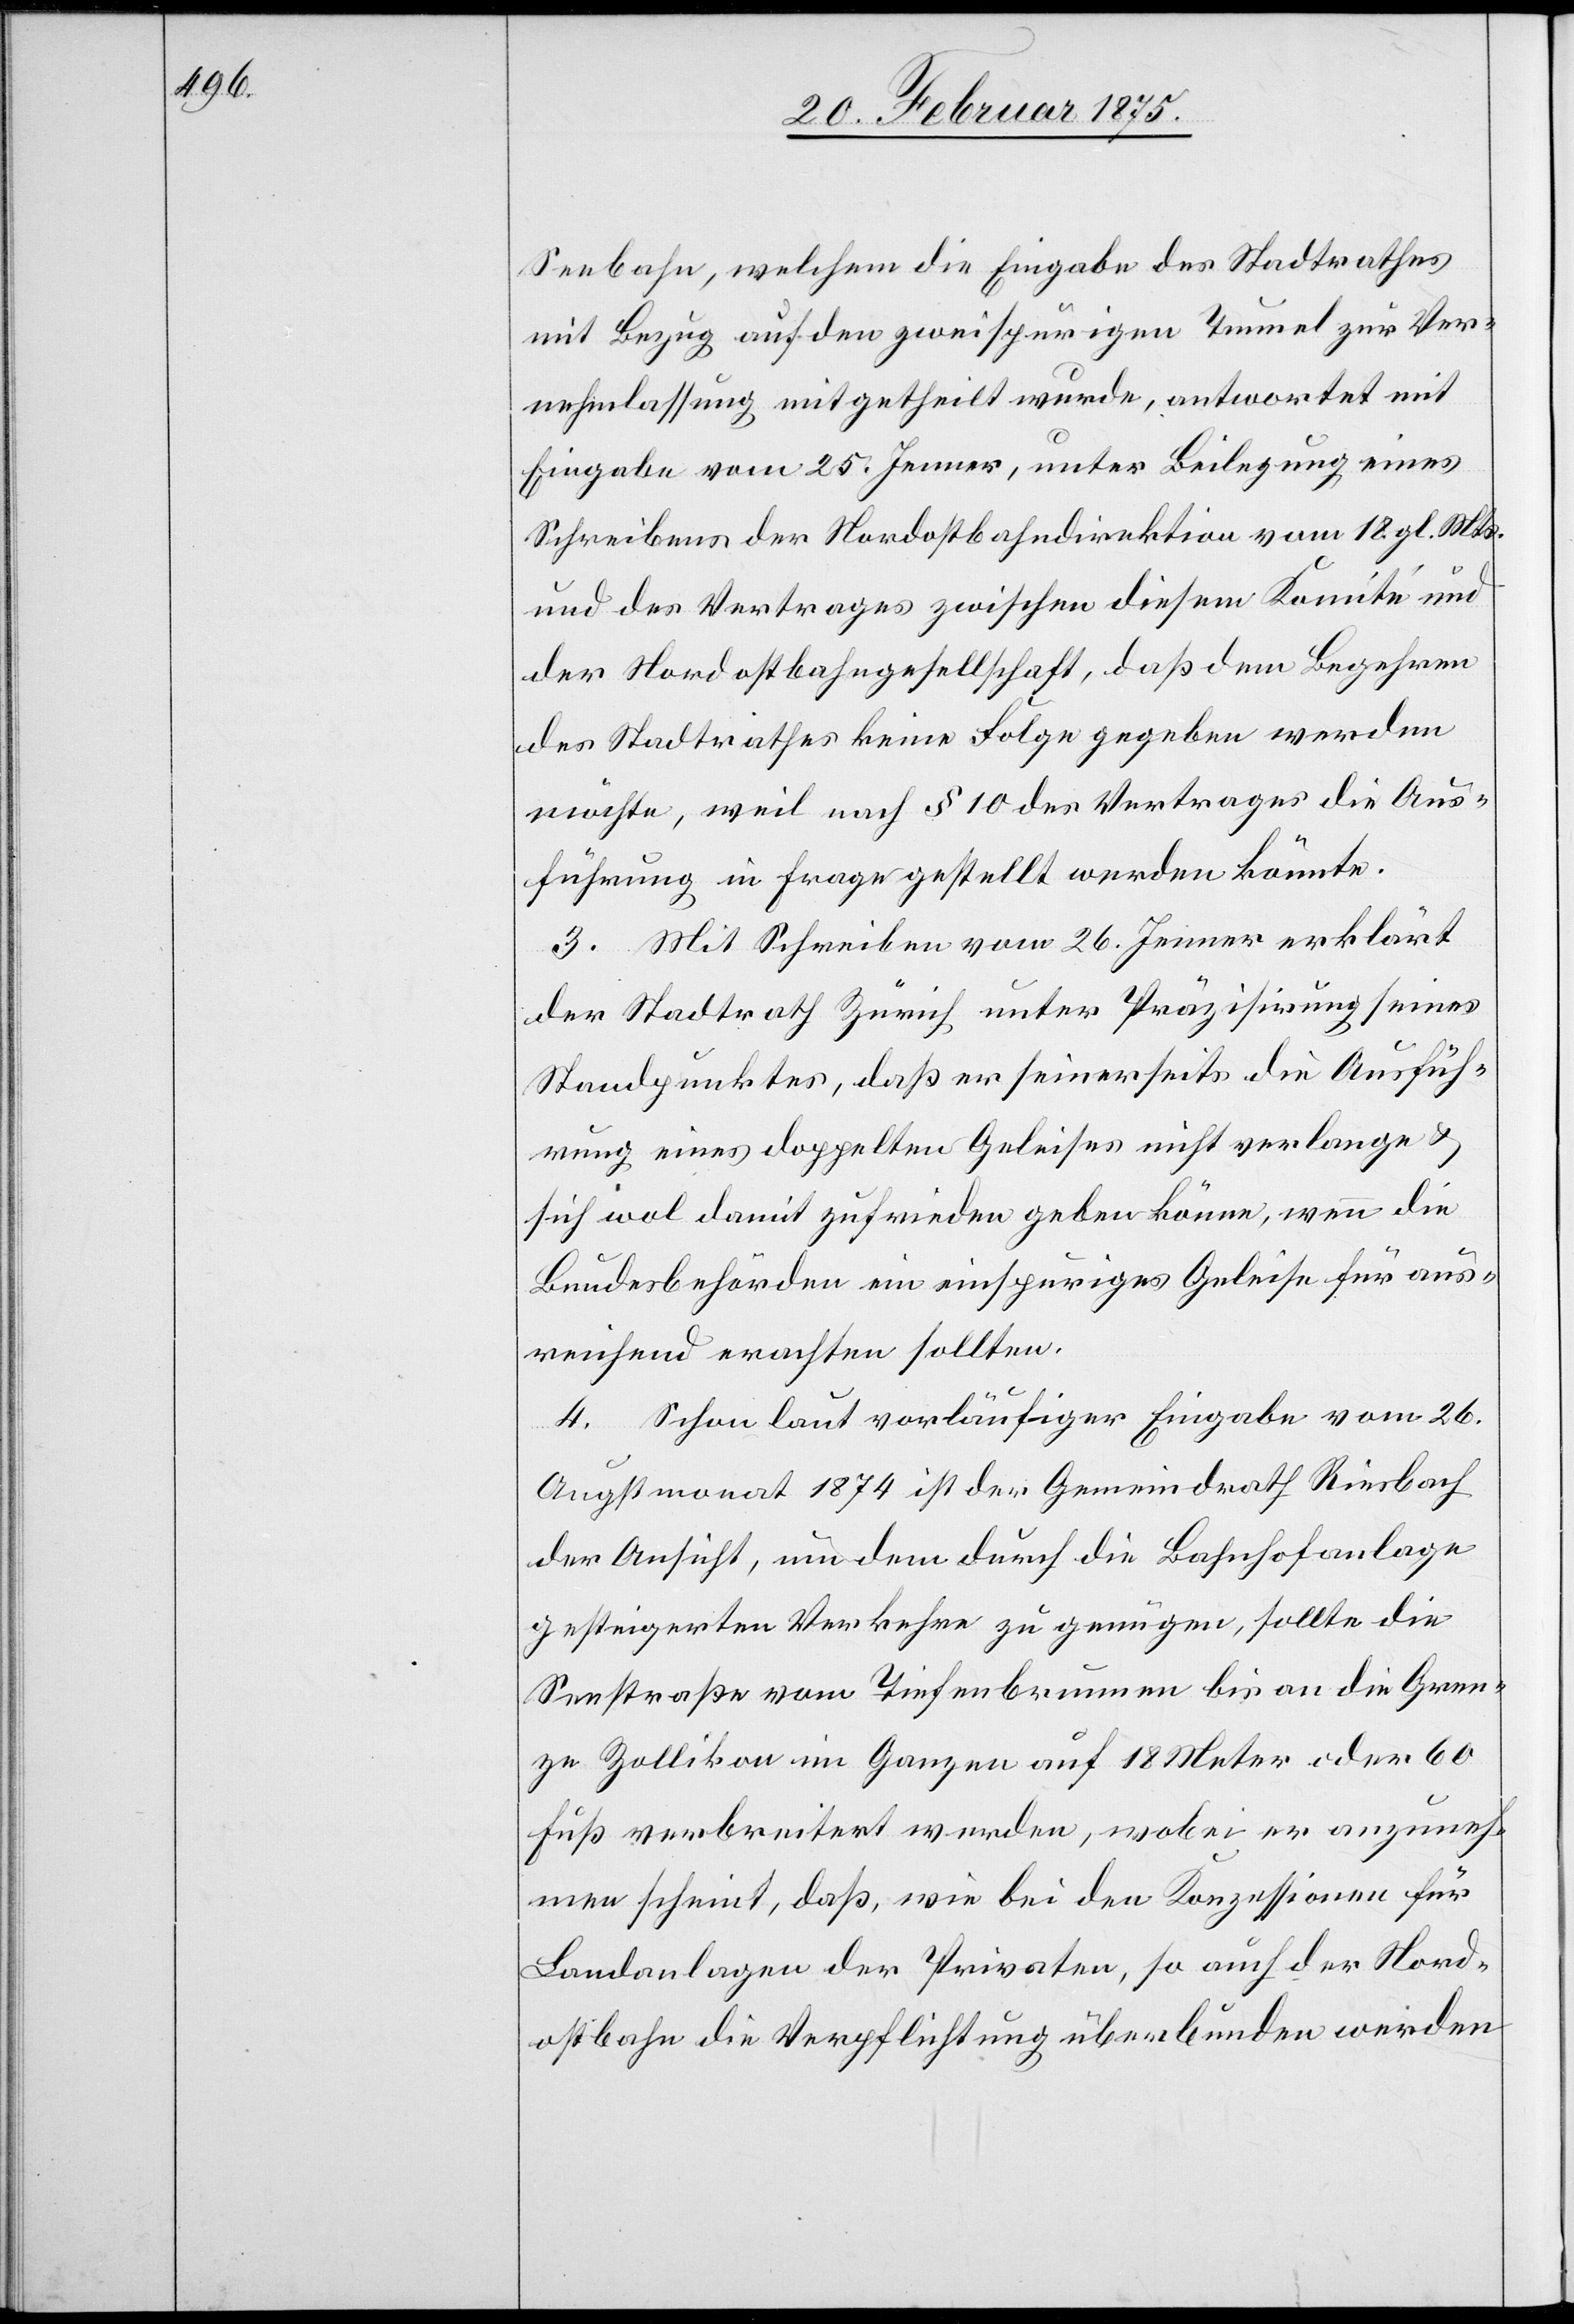
Seebahn, welchem die Eingabe des Stadtrathes
mit Bezug auf den zweispurigen Tunnel zur Ver¬
nehmlassung mitgetheilt wurde, antwortet mit
Eingabe vom 25. Jenner, unter Beilegung eines
Schreibens der Nordostbahndirektion vom 18. gl. Mts.
und des Vertrages zwischen diesem Komité und
der Nordostbahngesellschaft, das dem Begehren
des Stadtrathes keine Folge gegeben werden
möchte, weil nach § 10 des Vertrages die Aus¬
führung in Frage gestellt werden könnte.
3. Mit Schreiben vom 26. Jenner erklärt
der Stadtrath Zürich unter Präzisirung seines
Standpunktes, daß er seinerseits die Ausfüh¬
rung eines doppelten Geleises nicht verlange u.
sich wol damit zufrieden geben könne, wenn die
Bundesbehörden ein einspuriges Geleise für aus¬
reichend erachten sollten.
4. Schon laut vorläufiger Eingabe vom 26.
Augstmonat 1874 ist der Gemeindrath Riesbach
der Ansicht, um dem durch die Bahnhofanlage
gesteigerten Verkehre zu genügen, sollte die
Seestraße vom Tiefenbrunnen bis an die Gren¬
ze Zollikon im Ganzen auf 18 Meter oder 60
Fuß verbreitert werden, wobei er anzuneh¬
men scheint, daß, wie bei den Konzessionen für
Landanlagen der Privaten, so auch der Nord¬
ostbahn die Verpflichtung überbunden werden